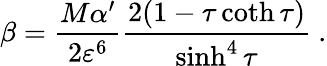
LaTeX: \beta=\frac{M\alpha^{\prime}}{2\varepsilon^{6}}\frac{2(1-\tau\coth\tau)}{\sinh^{4}\tau}\ .